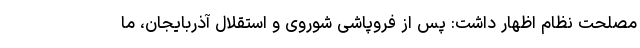
مصلحت نظام اظهار داشت: پس از فروپاشی شوروی و استقلال آذربایجان، ما